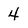
Character: 4